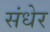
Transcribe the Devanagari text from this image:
संधेर